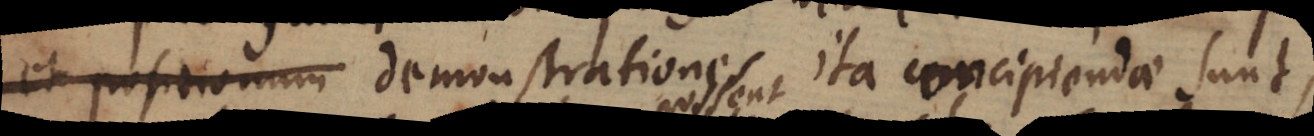
et positionum demonstrationes ita concipiendae sunt,